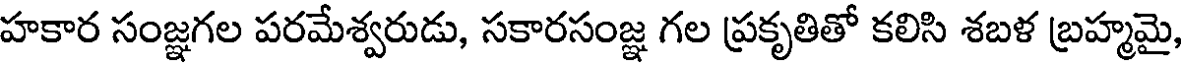
హకార సంజ్ఞగల పరమేశ్వరుడు, సకారసంజ్ఞ గల ప్రకృతితో కలిసి శబళ బ్రహ్మమై,